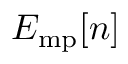
E _ { \mathrm { m p } } [ \boldsymbol { n } ]